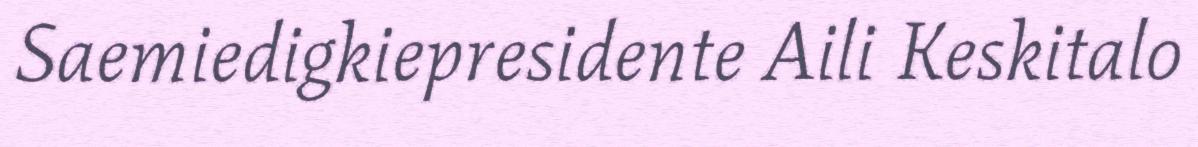
Saemiedigkiepresidente Aili Keskitalo